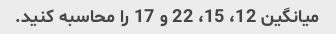
میانگین 12، 15، 22 و 17 را محاسبه کنید.